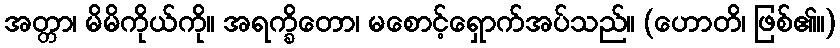
အတ္တာ၊ မိမိကိုယ်ကို။ အရက္ခိတော၊ မစောင့်ရှောက်အပ်သည်။ (ဟောတိ၊ ဖြစ်၏။)